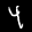
Label: 4